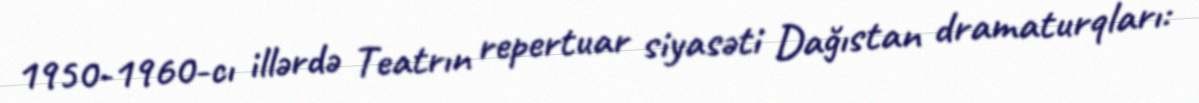
1950-1960-cı illərdə Teatrın repertuar siyasəti Dağıstan dramaturqları: